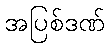
အပြစ်ဒဏ်